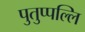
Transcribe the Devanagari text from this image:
पुतुप्पल्लि